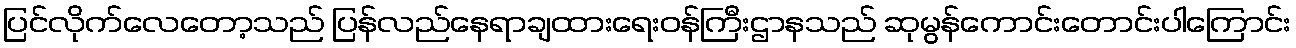
ပြင်လိုက်လေတော့သည် ပြန်လည်နေရာချထားရေးဝန်ကြီးဌာနသည် ဆုမွန်ကောင်းတောင်းပါကြောင်း